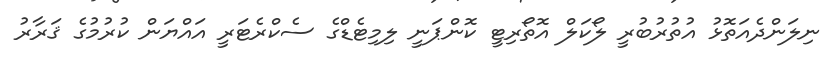
ނިލަންދެއަތޮޅު އުތުރުބުރީ ލޯކަލް އޮތޯރިޓީ ކޮންޕަނީ ލިމިޓެޑްގެ ސެކްރެޓަރީ އައްޔަން ކުރުމުގެ ޤަރާރު